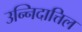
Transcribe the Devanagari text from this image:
उन्निदात्तिल